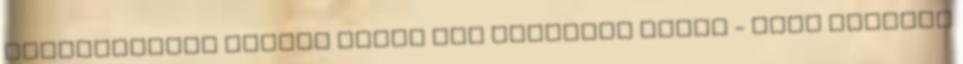
találkozásuk napján kérte meg felesége kezét - Első látásra